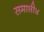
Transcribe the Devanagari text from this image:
समाप्ती४